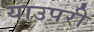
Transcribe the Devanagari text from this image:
याउपरी